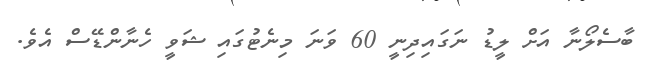
ބާސެލޯނާ އަށް ލީޑު ނަގައިދިނީ 60 ވަނަ މިނެޓުގައި ޝަވީ ހެނާންޑޭސް އެވެ.